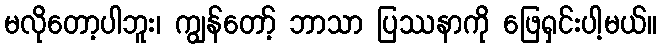
မလိုတော့ပါဘူး၊ ကျွန်တော့် ဘာသာ ပြဿနာကို ဖြေရှင်းပါ့မယ်။